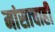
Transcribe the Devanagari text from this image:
मांसाचाही